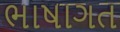
ભાષાગત